Annual report of the Civil Veterinary Department, Bengal, for the year 1896-97 - 1896-1897
Year: 1896
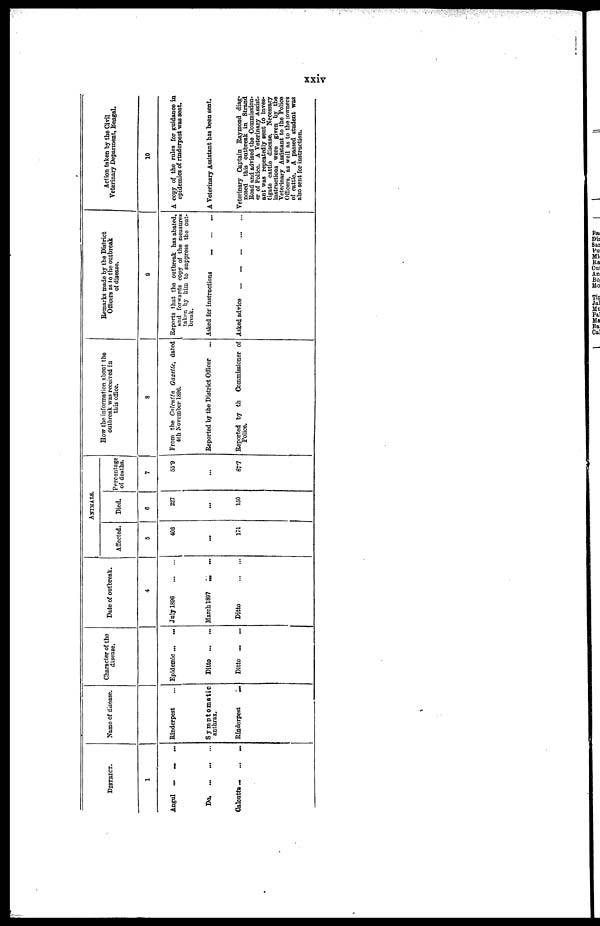
xxiv
DISTRICT.
1
Angul ...
...
...
Do
...
...
...
Calcutta ... ... ...
Name of disease.
Rinderpest ...
Symptomatic
anthrax.
Rinderpest ...
Character of the
disease.
Epidemic ...
...
Ditto
...
...
Ditto
...
...
Date of outbreak.
4
July 1896
...
...
March 1897 ... ...
Ditto
...
...
Affected.
5
406
...
171
ANIMALS
Died.
6
227
...
150
Percentage
of deaths.
7
55.9
...
87.7
How the information about the
outbreak was received in
this office.
8
From the Calcutta Gazette, dated
4th November 1896.
Reported by the District Officer ...
Reported by th Commissioner of
Police.
Remarks made by the District
Officers as to the outbreak
of disease.
9
Reports that the outbreak has abated,
and forwards copy of the measures
taken by him to suppress the out-
break.
Asked for instructions
...
...
...
Asked advice
...
...
...
...
...
Action taken by the Civil
Veterinary Deparment, Bengal.
10
A copy of the rules for guidance in
epidemics of rinderpest was sent.
A Veterinary Assistant has been sent.
Veterinary Captain Raymond diag-
nosed this outbreak in Strand
Road and advised the Commission-
er of Police. A Veterinary Assist-
ant was repeatedly sent to inves-
tigate cattle disease. Necessary
instructions were given by the
Veterinary Assistant to the Police
Officers, as well as to the owners
of cattle. A passed student was
also sent for instruction.